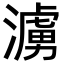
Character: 𪷓